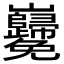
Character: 𡿢